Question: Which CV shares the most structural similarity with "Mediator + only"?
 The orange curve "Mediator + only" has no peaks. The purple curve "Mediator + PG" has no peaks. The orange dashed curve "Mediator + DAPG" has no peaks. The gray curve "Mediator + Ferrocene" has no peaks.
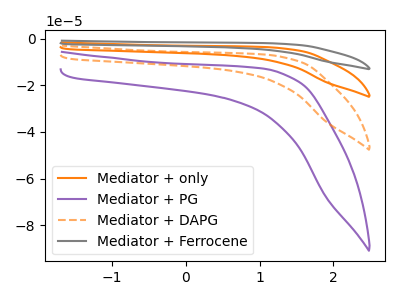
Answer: <think>Neither "Mediator + only" or "Mediator + PG" have any peaks. Neither "Mediator + only" or "Mediator + DAPG" have any peaks. Neither "Mediator + only" or "Mediator + Ferrocene" have any peaks. Neither "Mediator + PG" or "Mediator + DAPG" have any peaks. Neither "Mediator + PG" or "Mediator + Ferrocene" have any peaks. Neither "Mediator + DAPG" or "Mediator + Ferrocene" have any peaks.
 </think>
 <answer>"Mediator + only", "Mediator + DAPG" and "Mediator + Ferrocene" have a similar shape to "Mediator + PG".</answer>
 <eval>"Mediator + only" "Mediator + DAPG" "Mediator + Ferrocene"</eval>